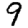
Digit: 9